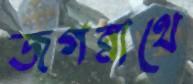
জগন্নাথে